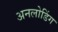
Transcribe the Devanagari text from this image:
अनलोडिंग